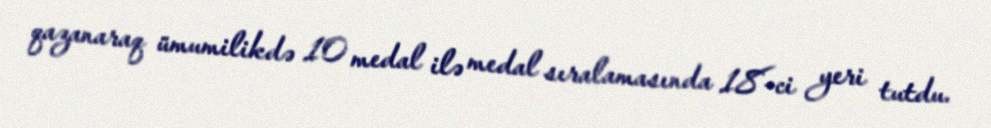
qazanaraq ümumilikdə 10 medal ilə medal sıralamasında 18-ci yeri tutdu.